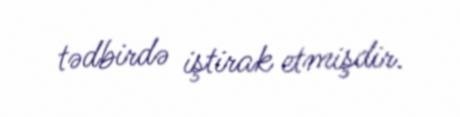
tədbirdə iştirak etmişdir.